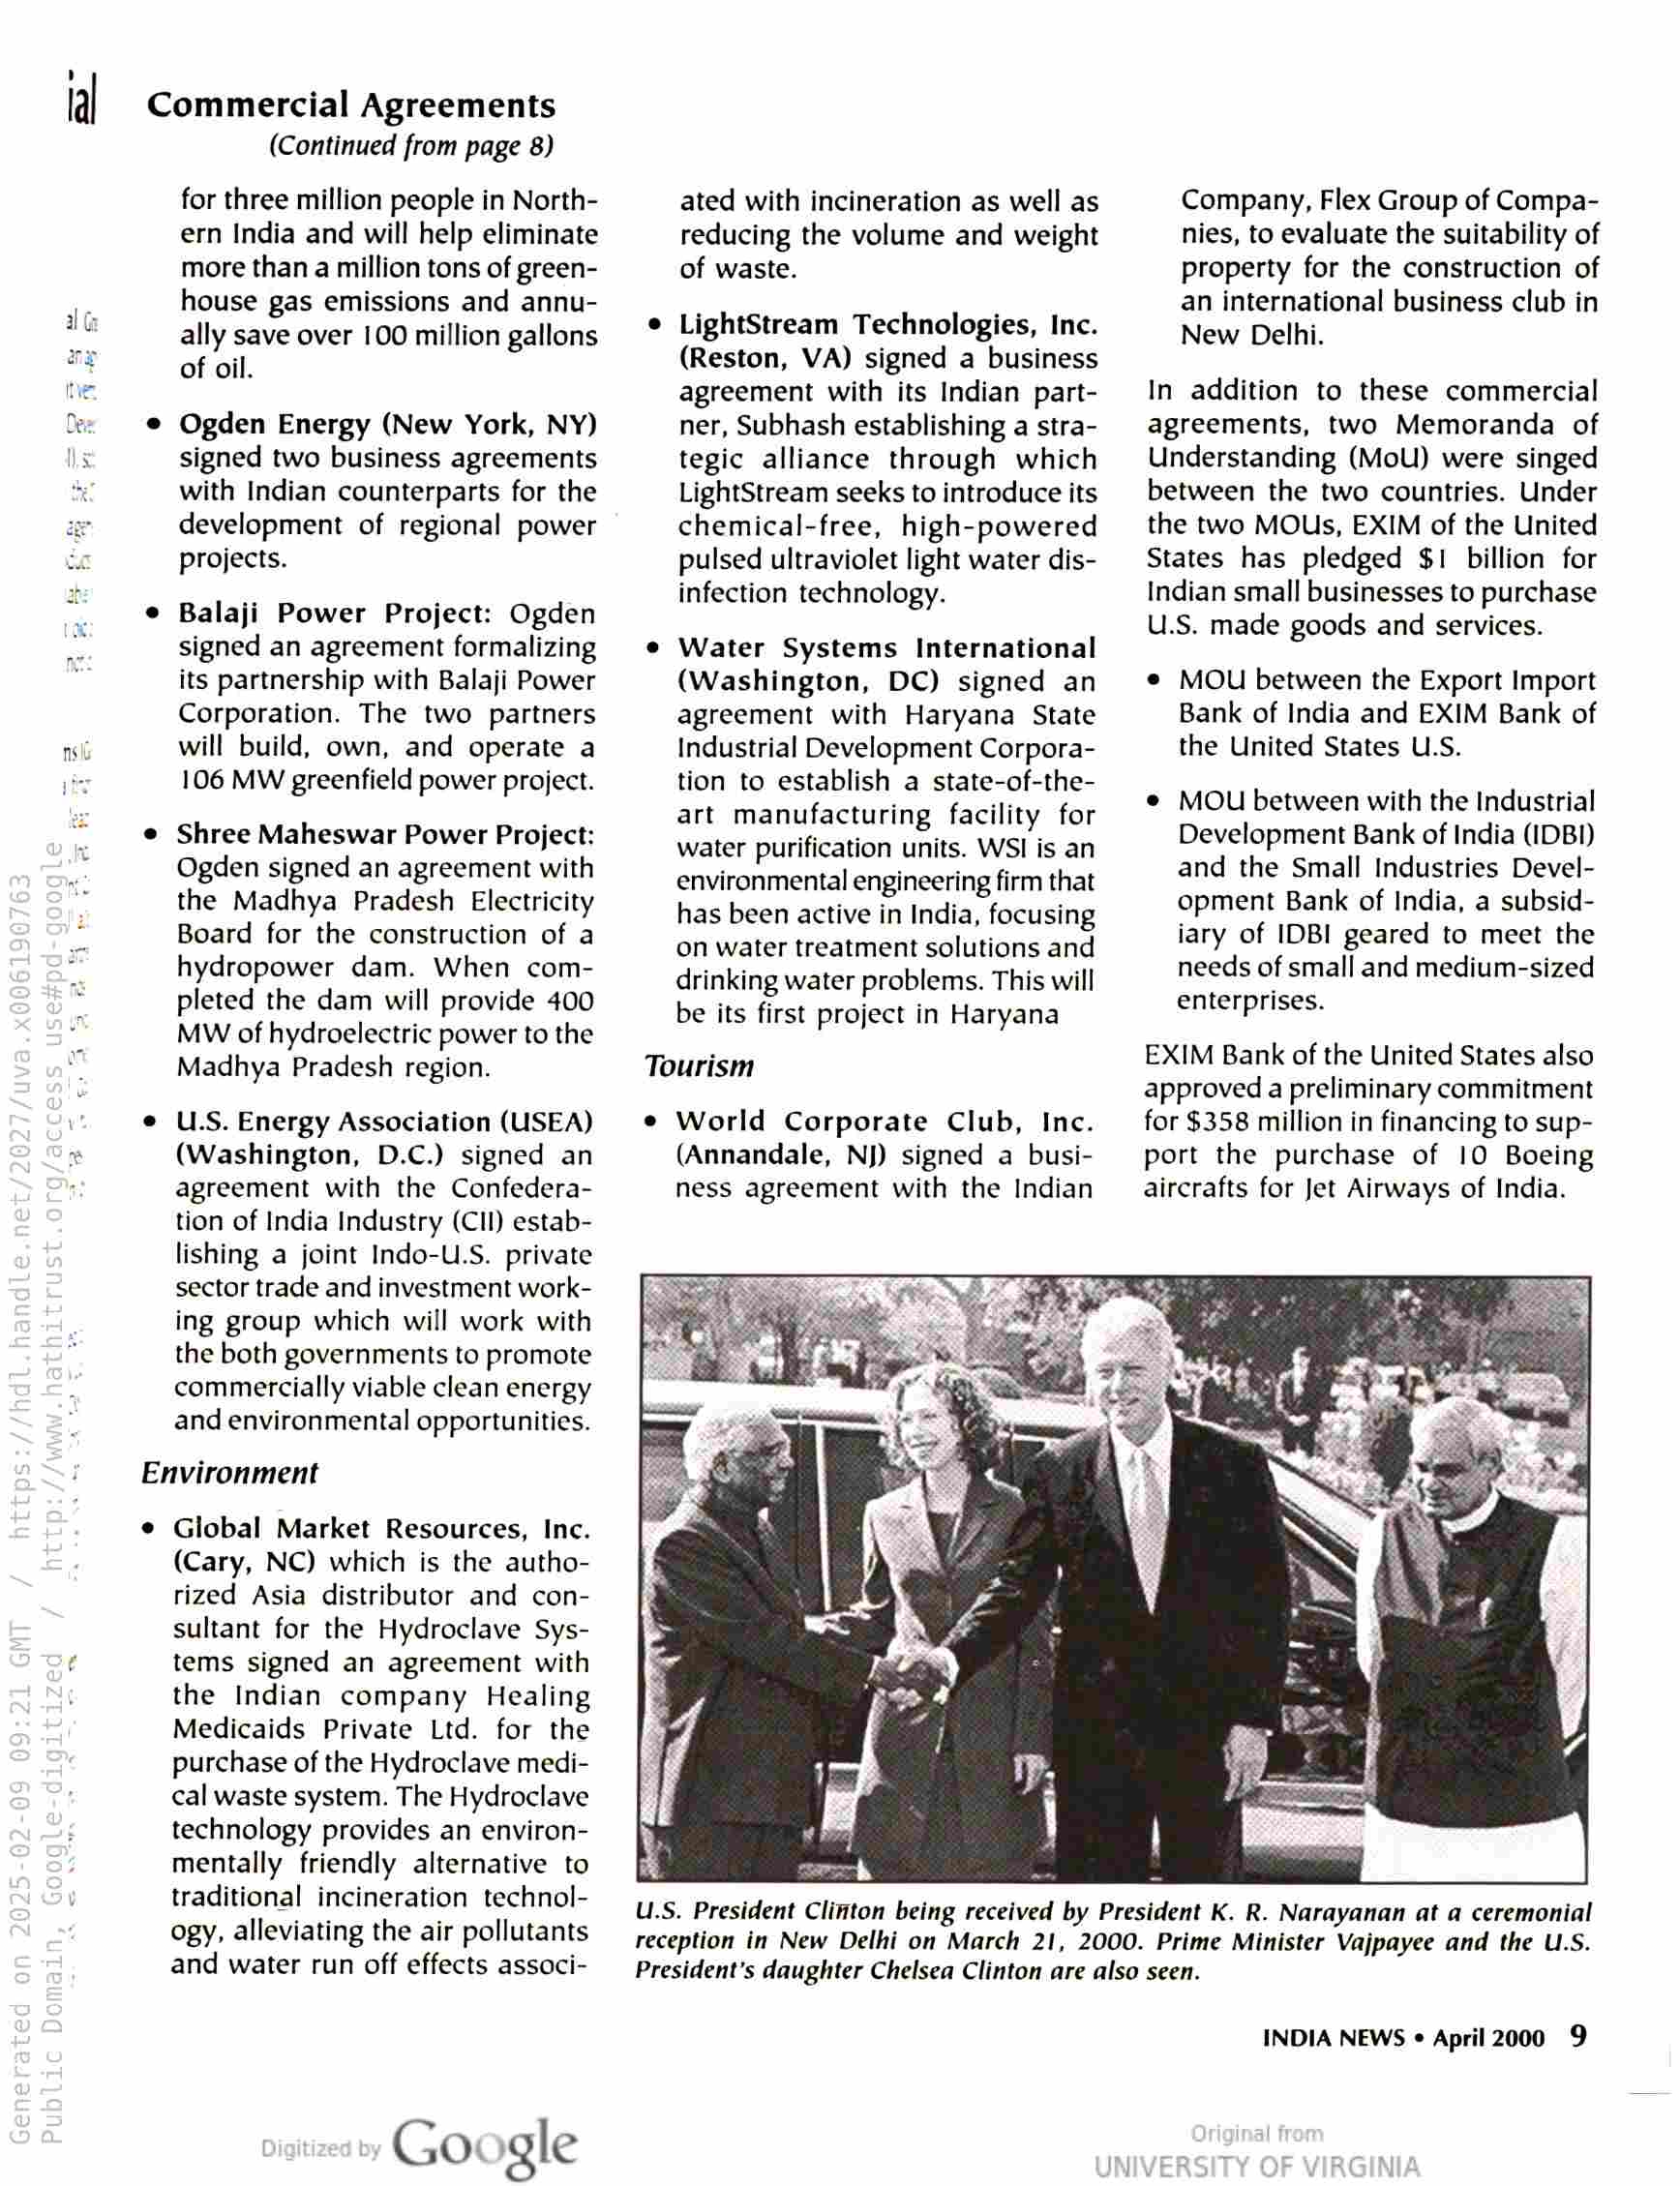
lal Commercial Agreements

(Continued from page 8)

for three million people in North-
ern India and will help eliminate
more than a million tons of green-
house gas emissions and annu-
ally save over 100 million gallons
of oil.

Ogden Energy (New York, NY)
signed two business agreements
with Indian counterparts for the
development of regional power
projects.

Balaji Power Project: Ogden
signed an agreement formalizing
its partnership with Balaji Power
Corporation. The two partners
will build, own, and operate a
106 MW greenfield power project.

Shree Maheswar Power Project:
Ogden signed an agreement with
the Madhya Pradesh Electricity
Board for the construction of a
hydropower dam. When com-
pleted the dam will provide 400
MW of hydroelectric power to the
Madhya Pradesh region.

U.S. Energy Association (USEA)
(Washington, D.C.) signed an
agreement with the Confedera-
tion of India Industry (Cll) estab-
lishing a joint Indo-U.S. private
sector trade and investment work-
ing group which will work with
the both governments to promote
commercially viable clean energy
and environmental opportunities.

Environment

¢ Global Market Resources, Inc.

(Cary, NC) which is the autho-
rized Asia distributor and con-
sultant for the Hydroclave Sys-
tems signed an agreement with
the Indian company Healing
Medicaids Private Ltd. for the
purchase of the Hydroclave medi-
cal waste system. The Hydroclave
technology provides an environ-
mentally friendly alternative to
traditional incineration technol-

ated with incineration as well as
reducing the volume and weight
of waste.

LightStream Technologies, Inc.
(Reston, VA) signed a business
agreement with its Indian part-
ner, Subhash establishing a stra-
tegic alliance through which
LightStream seeks to introduce its
chemical-free, high-powered
pulsed ultraviolet light water dis-
infection technology.

Water Systems International
(Washington, DC) signed an
agreement with Haryana State
Industrial Development Corpora-
tion to establish a state-of-the-
art manufacturing facility for
water purification units. WSI is an
environmental engineering firm that
has been active in India, focusing
on water treatment solutions and
drinking water problems. This will
be its first project in Haryana

Tourism

World Corporate Club, Inc.
(Annandale, NJ) signed a busi-
ness agreement with the Indian

Company, Flex Group of Compa-
nies, to evaluate the suitability of
property for the construction of
an international business club in
New Delhi.

In addition to these commercial
agreements, two Memoranda of
Understanding (MoU) were singed
between the two countries. Under
the two MOUs, EXIM of the United
States has pledged $1 billion for
Indian small businesses to purchase
U.S. made goods and services.

MOU between the Export Import
Bank of India and EXIM Bank of
the United States U.S.

MOU between with the Industrial
Development Bank of India (IDBI)
and the Small Industries Devel-
opment Bank of India, a subsid-
iary of IDBI geared to meet the
needs of small and medium-sized
enterprises.

EXIM Bank of the United States also
approved a preliminary commitment
for $358 million in financing to sup-
port the purchase of 10 Boeing
aircrafts for Jet Airways of India.

U.S. President Clifton being received by President K. R. Narayanan at a ceremonial
reception in New Delhi on March 21, 2000. Prime Minister Vajpayee and the U.S.
President's daughter Chelsea Clinton are also seen.

ogy, alleviating the air pollutants
and water run off effects associ-

INDIA NEWS ° April 2000 9

Google